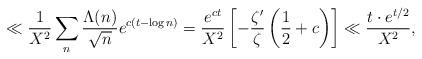
LaTeX: \begin{align*} \ll \frac{1}{X^2}\sum_{n} \frac{\Lambda(n)}{\sqrt{n}} e^{c(t-\log n)}= \frac{e^{ct}}{X^2} \left[ -\frac{\zeta'}{\zeta}\left(\frac{1}{2}+c\right) \right] \ll \frac{t\cdot e^{t/2}}{X^2}, \end{align*}